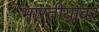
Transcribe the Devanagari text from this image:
भारतीयांवर